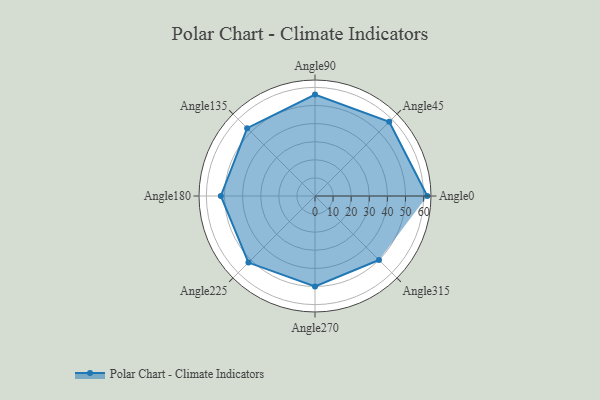
{"axis": {"x": "Angle", "y": "Radius"}, "legend": [""], "data": [{"x": "Angle0", "y": 62.0, "type": ""}, {"x": "Angle45", "y": 58.0, "type": ""}, {"x": "Angle90", "y": 56.0, "type": ""}, {"x": "Angle135", "y": 53.0, "type": ""}, {"x": "Angle180", "y": 52.0, "type": ""}, {"x": "Angle225", "y": 52.0, "type": ""}, {"x": "Angle270", "y": 50, "type": ""}, {"x": "Angle315", "y": 50, "type": ""}]}